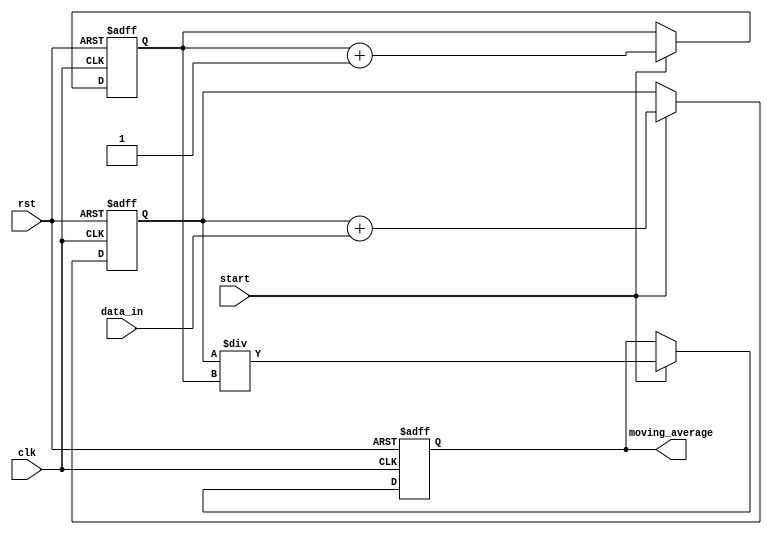
module MovingAverageAccumulator (
    input clk,
    input rst,
    input [7:0] data_in,
    input start,
    output reg [15:0] moving_average
);

reg [15:0] running_total;
reg [3:0] sample_count;

always @(posedge clk or posedge rst)
begin
    if (rst)
    begin
        running_total <= 16'b0;
        sample_count <= 4'b0;
        moving_average <= 16'b0;
    end
    else if (start)
    begin
        running_total <= running_total + data_in;
        sample_count <= sample_count + 1;
        moving_average <= running_total / sample_count;
    end
end

endmodule